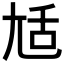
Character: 𡯢